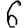
Digit: 6